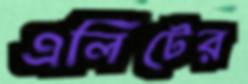
এলিটের